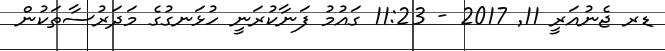
ޑރ ޖެނުއަރީ 11